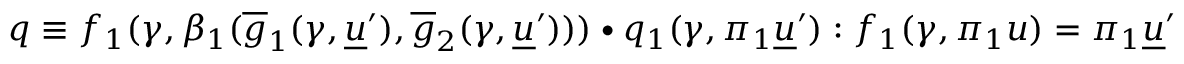
q \equiv f _ { 1 } ( \gamma , \beta _ { 1 } ( \overline { { g } } _ { 1 } ( \gamma , \underline { { u } } ^ { \prime } ) , \overline { { g } } _ { 2 } ( \gamma , \underline { { u } } ^ { \prime } ) ) ) \bullet q _ { 1 } ( \gamma , \pi _ { 1 } \underline { { u } } ^ { \prime } ) : f _ { 1 } ( \gamma , \pi _ { 1 } u ) = \pi _ { 1 } \underline { { u } } ^ { \prime }